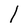
Character: l